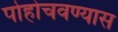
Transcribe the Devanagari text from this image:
पोहोचवण्यास